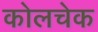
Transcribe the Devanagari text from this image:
कोलचेक